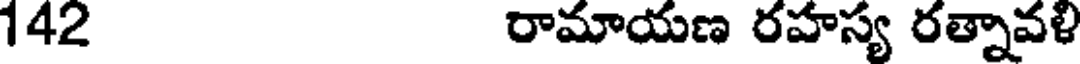
142 రామాయణ రహస్య రత్నావళి